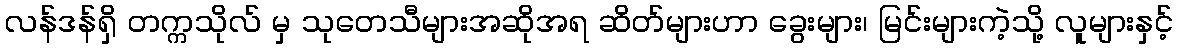
လန်ဒန်ရှိ တက္ကသိုလ် မှ သုတေသီများအဆိုအရ ဆိတ်များဟာ ခွေးများ၊ မြင်းများကဲ့သို့ လူများနှင့်